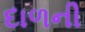
દાળની